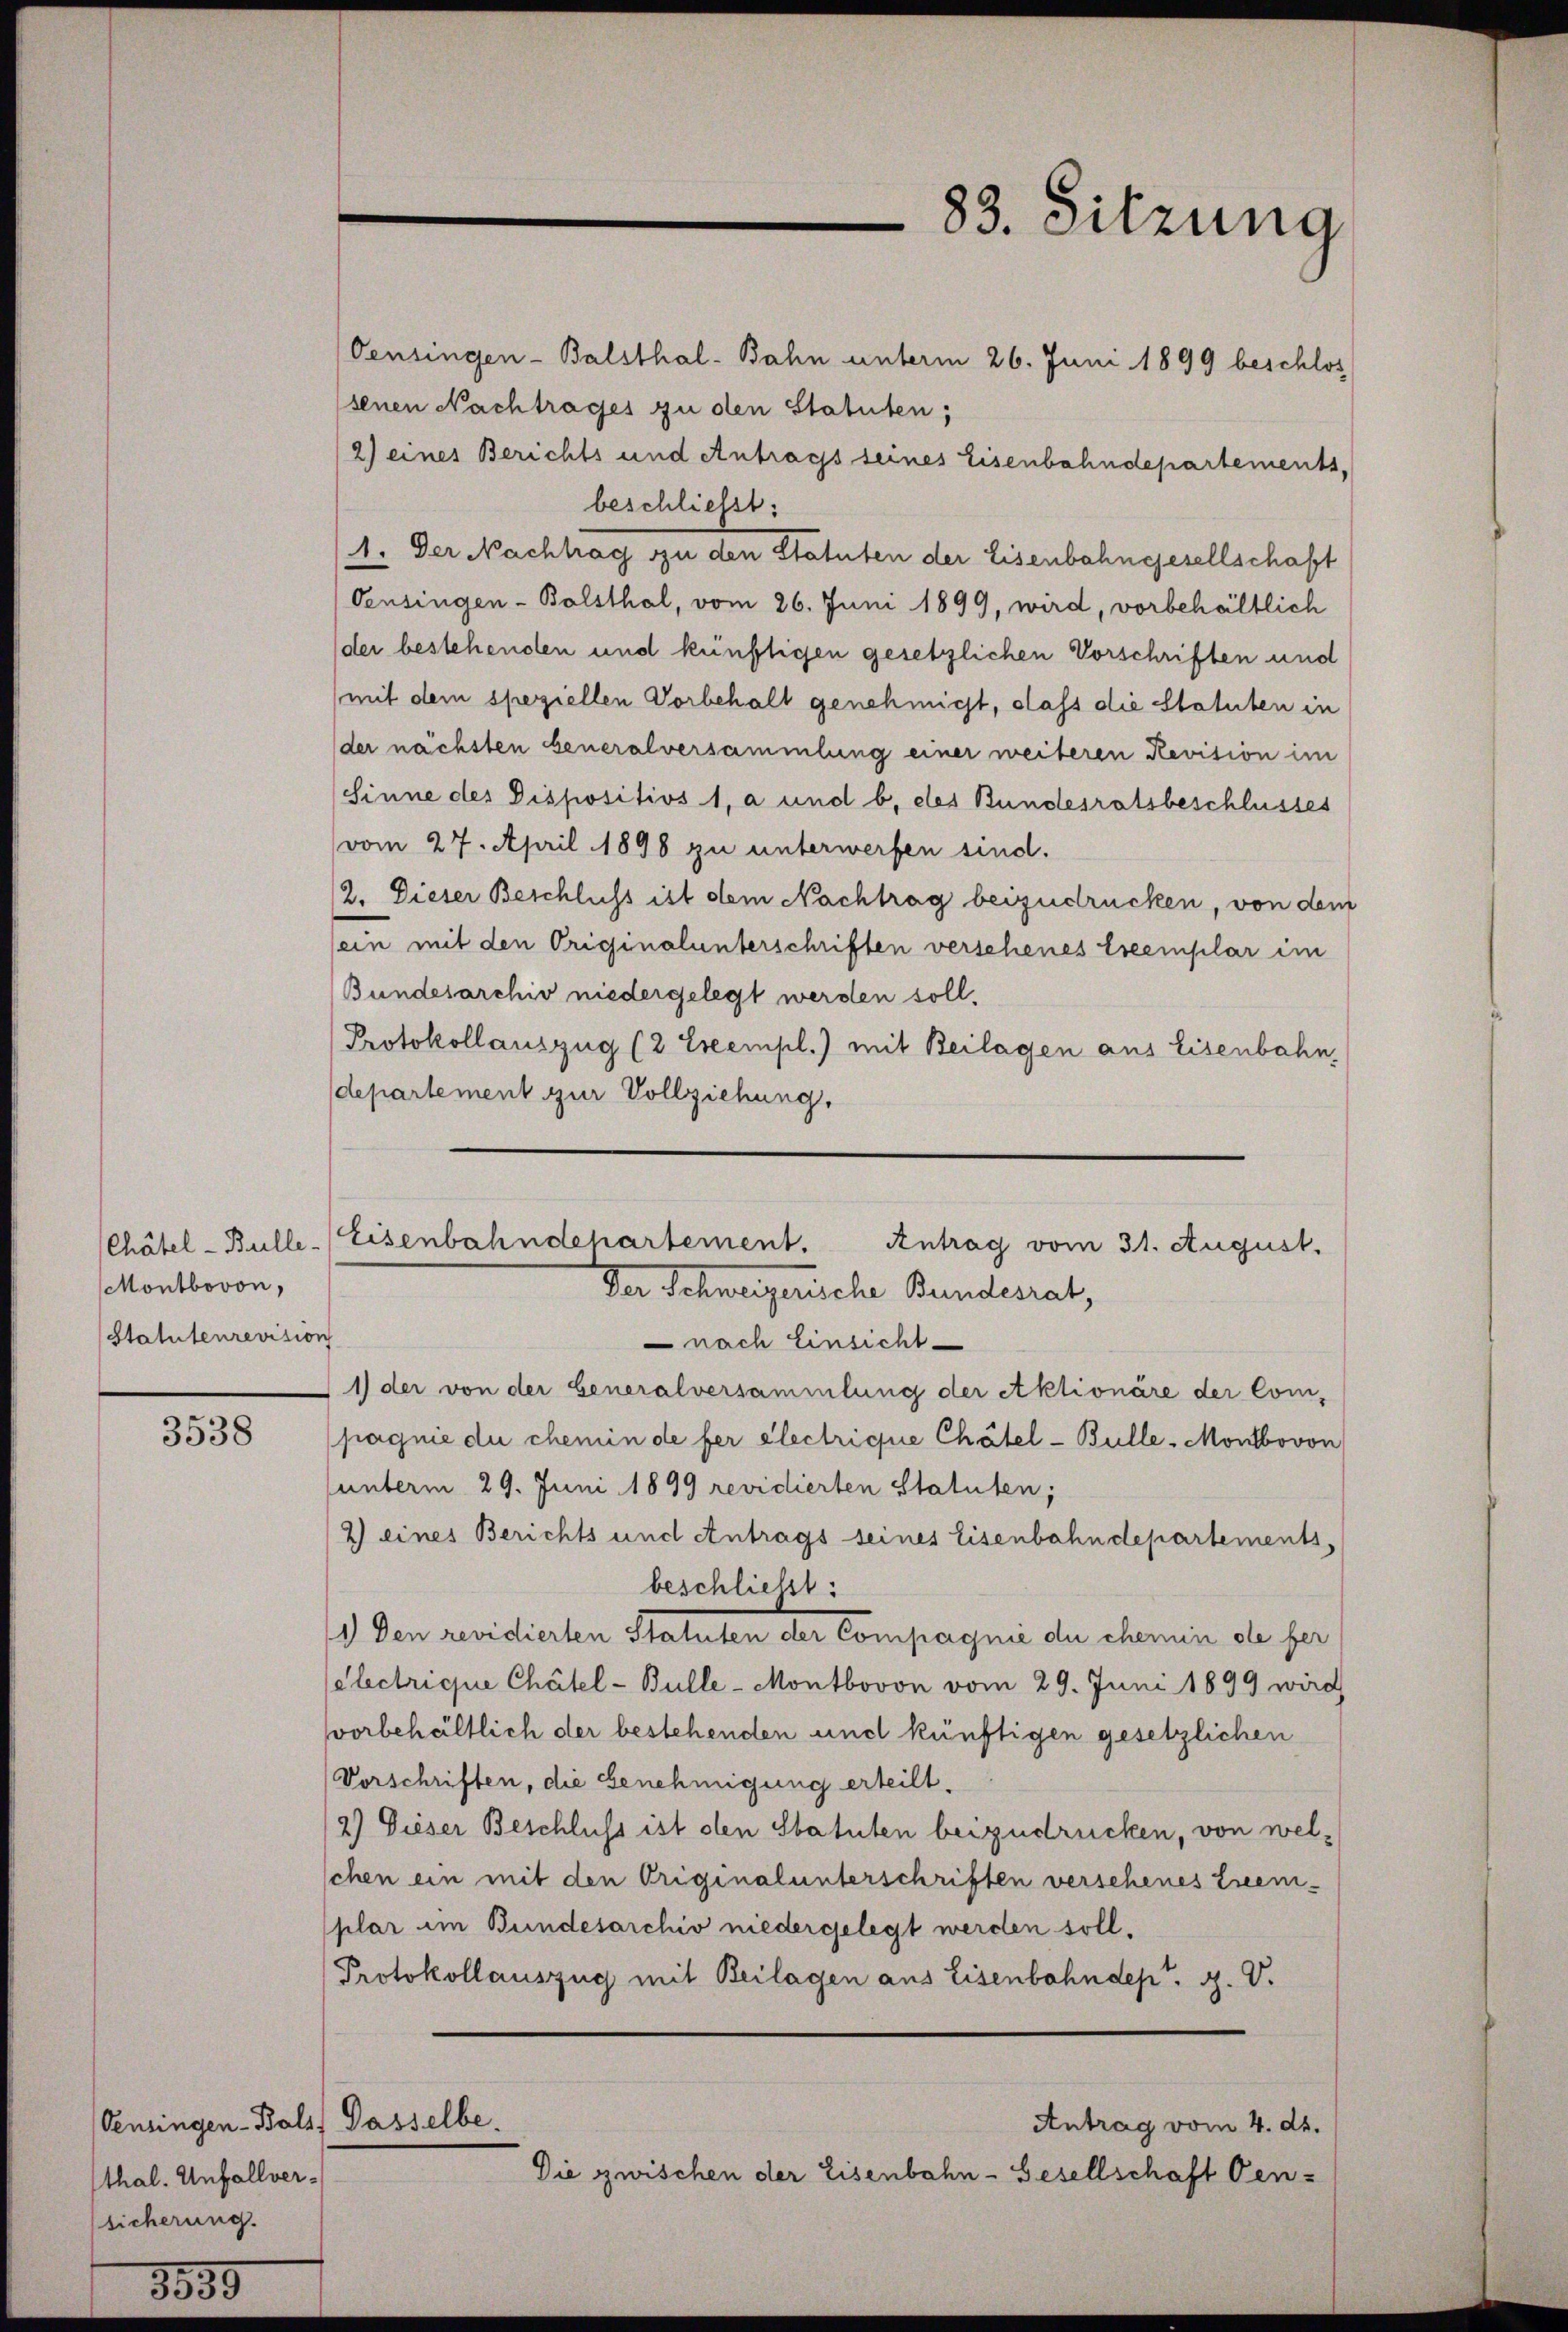
Chätel- Bulle.
Montbovon,
Statutenrevisio

3538

Oenringen-Bals) Dasselbe.
thal. Unfallversicherung.

Oensingen-Balsthal-Bahn unterm 26. Juni 1899 beschlos
senen Nachtrages zu den Statuten;
2) eines Berichts und Antrags seines Eisenbahndepartements,
beschließt:
1. Der Nachtrag zu den Statuten der Eisenbahngesellschaft
Oensingen - Balsthal, vom 26. Juni 1899, wird, vorbehältlich
(der bestehenden und künftigen gesetzlichen Vorschriften und
mit dem speziellen Vorbehalt genehmigt, dass die Statuten in
der nächsten beneralversammlung einer weiteren Revision im
Sinne des Dispositivs 1, a und b. des Bundesratsbeschlusses
vom 27. April 1898 zu unterwerfen sind.
2. Dieser Beschluss ist dem Nachtrag beizudrücken, von dem
ein mit den Originalunterschriften verschenes Exemplar im
Bundesarchiv niedergelegt werden soll.
Protokollauszug (2 Exempl.) mit Beilagen aus Eisenbahn,
departement zur Vollziehung,

Eisenbahndepartement.
Antrag vom 31. August.
Der Schweizerische Bundesrat,

s
 nach Einsicht
1) der von der Generalversammlung der Aktionäre der Com-
pagnie du chemin de fer electrique Chätel- Bulle-Montbovon
unterm 29. Juni 1899 revidierten Statuten;
2) eines Berichts und Antrags seines Eisenbahndepartements,
beschließt:
1) Den revidierten Statuten der Compagnie du chemin die fer
Celectrique Chätel- Bulle - Montbovon vom 29. Juni 1899 wird
vorbehältlich der bestehenden und künftigen gesetzlichen
Vorschriften, die Genehmigung erteilt.
2) Dieser Beschluss ist den Statuten beizudrücken, von welschen ein mit den Originalunterschriften versehenes Exem-
plar im Bundesarchiv niedergelegt werden soll.
Protokollauszug mit Beilagen aus Eisenbahndept. H. V.
Antrag vom 4. ds.
Die zwischen der Eisenbahn-Gesellschaft Oen-

83. Sitzung